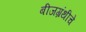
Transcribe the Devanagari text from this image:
बीजग्रंथीचे